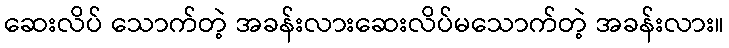
ဆေးလိပ် သောက်တဲ့ အခန်းလားဆေးလိပ်မသောက်တဲ့ အခန်းလား။